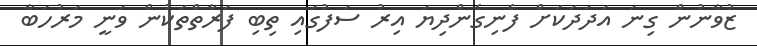
ޒުވާނުން ގިނަ އަދަދަކަށް ފެނިގެންދިޔަ އިރު ސަފުގައި ތިބި ފަރާތްތަކުން ވަނީ މަރުހަބާ